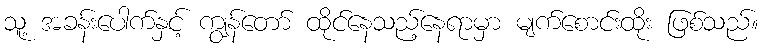
သူ့ အခန်းပေါက်နှင့် ကျွန်တော် ထိုင်နေသည့်နေရာမှာ မျက်စောင်းထိုး ဖြစ်သည်။